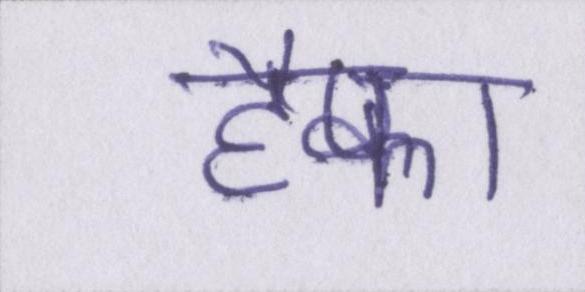
हैफा